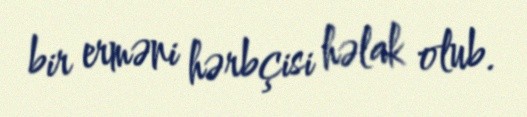
bir erməni hərbçisi həlak olub.